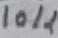
Text: 10K